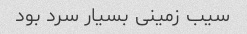
سیب زمینی بسیار سرد بود